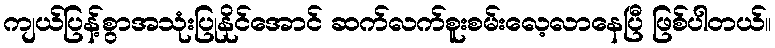
ကျယ်ပြန့်စွာအသုံးပြုနိုင်အောင် ဆက်လက်စူးစမ်းလေ့လာနေပြီ ဖြစ်ပါတယ်။